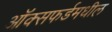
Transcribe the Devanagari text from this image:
ऑक्‍सफर्डमधील